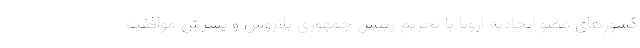
کشورهای عضو اتحادیه اروپا با تحریم رییس جمهوری بلاروس و پسرش موافقت